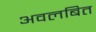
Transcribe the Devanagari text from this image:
अवलबित